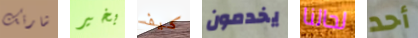
شارتك بخير كيف يخدمون لحالنا أحد